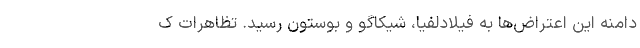
دامنه این اعتراض‌ها به فیلادلفیا، شیکاگو و بوستون رسید. تظاهرات ک